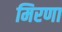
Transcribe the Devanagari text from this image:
मिरणा